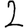
Digit: 2